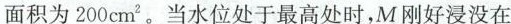
面积为200cm^{2}。当水位处于最高处时，M刚好浸没在